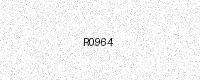
Text: R0964